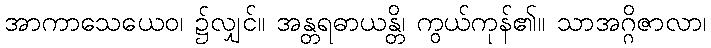
အာကာသေယေဝ၊ ၌လျှင်။ အန္တရဓာယန္တိ၊ ကွယ်ကုန်၏။ သာအဂ္ဂိဇာလာ၊